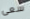
سعى